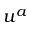
u ^ { a }